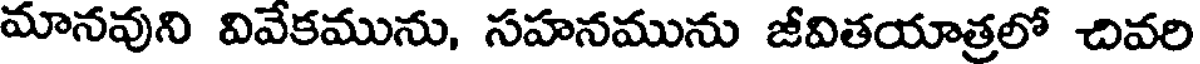
మానవుని వివేకమును, సహనమును జీవితయాత్రలో చివరి